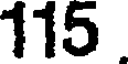
115